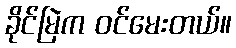
ခိုင်မြဲက ဝင်မေးတယ်။